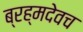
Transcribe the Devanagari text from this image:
ब्रह्मदेवच